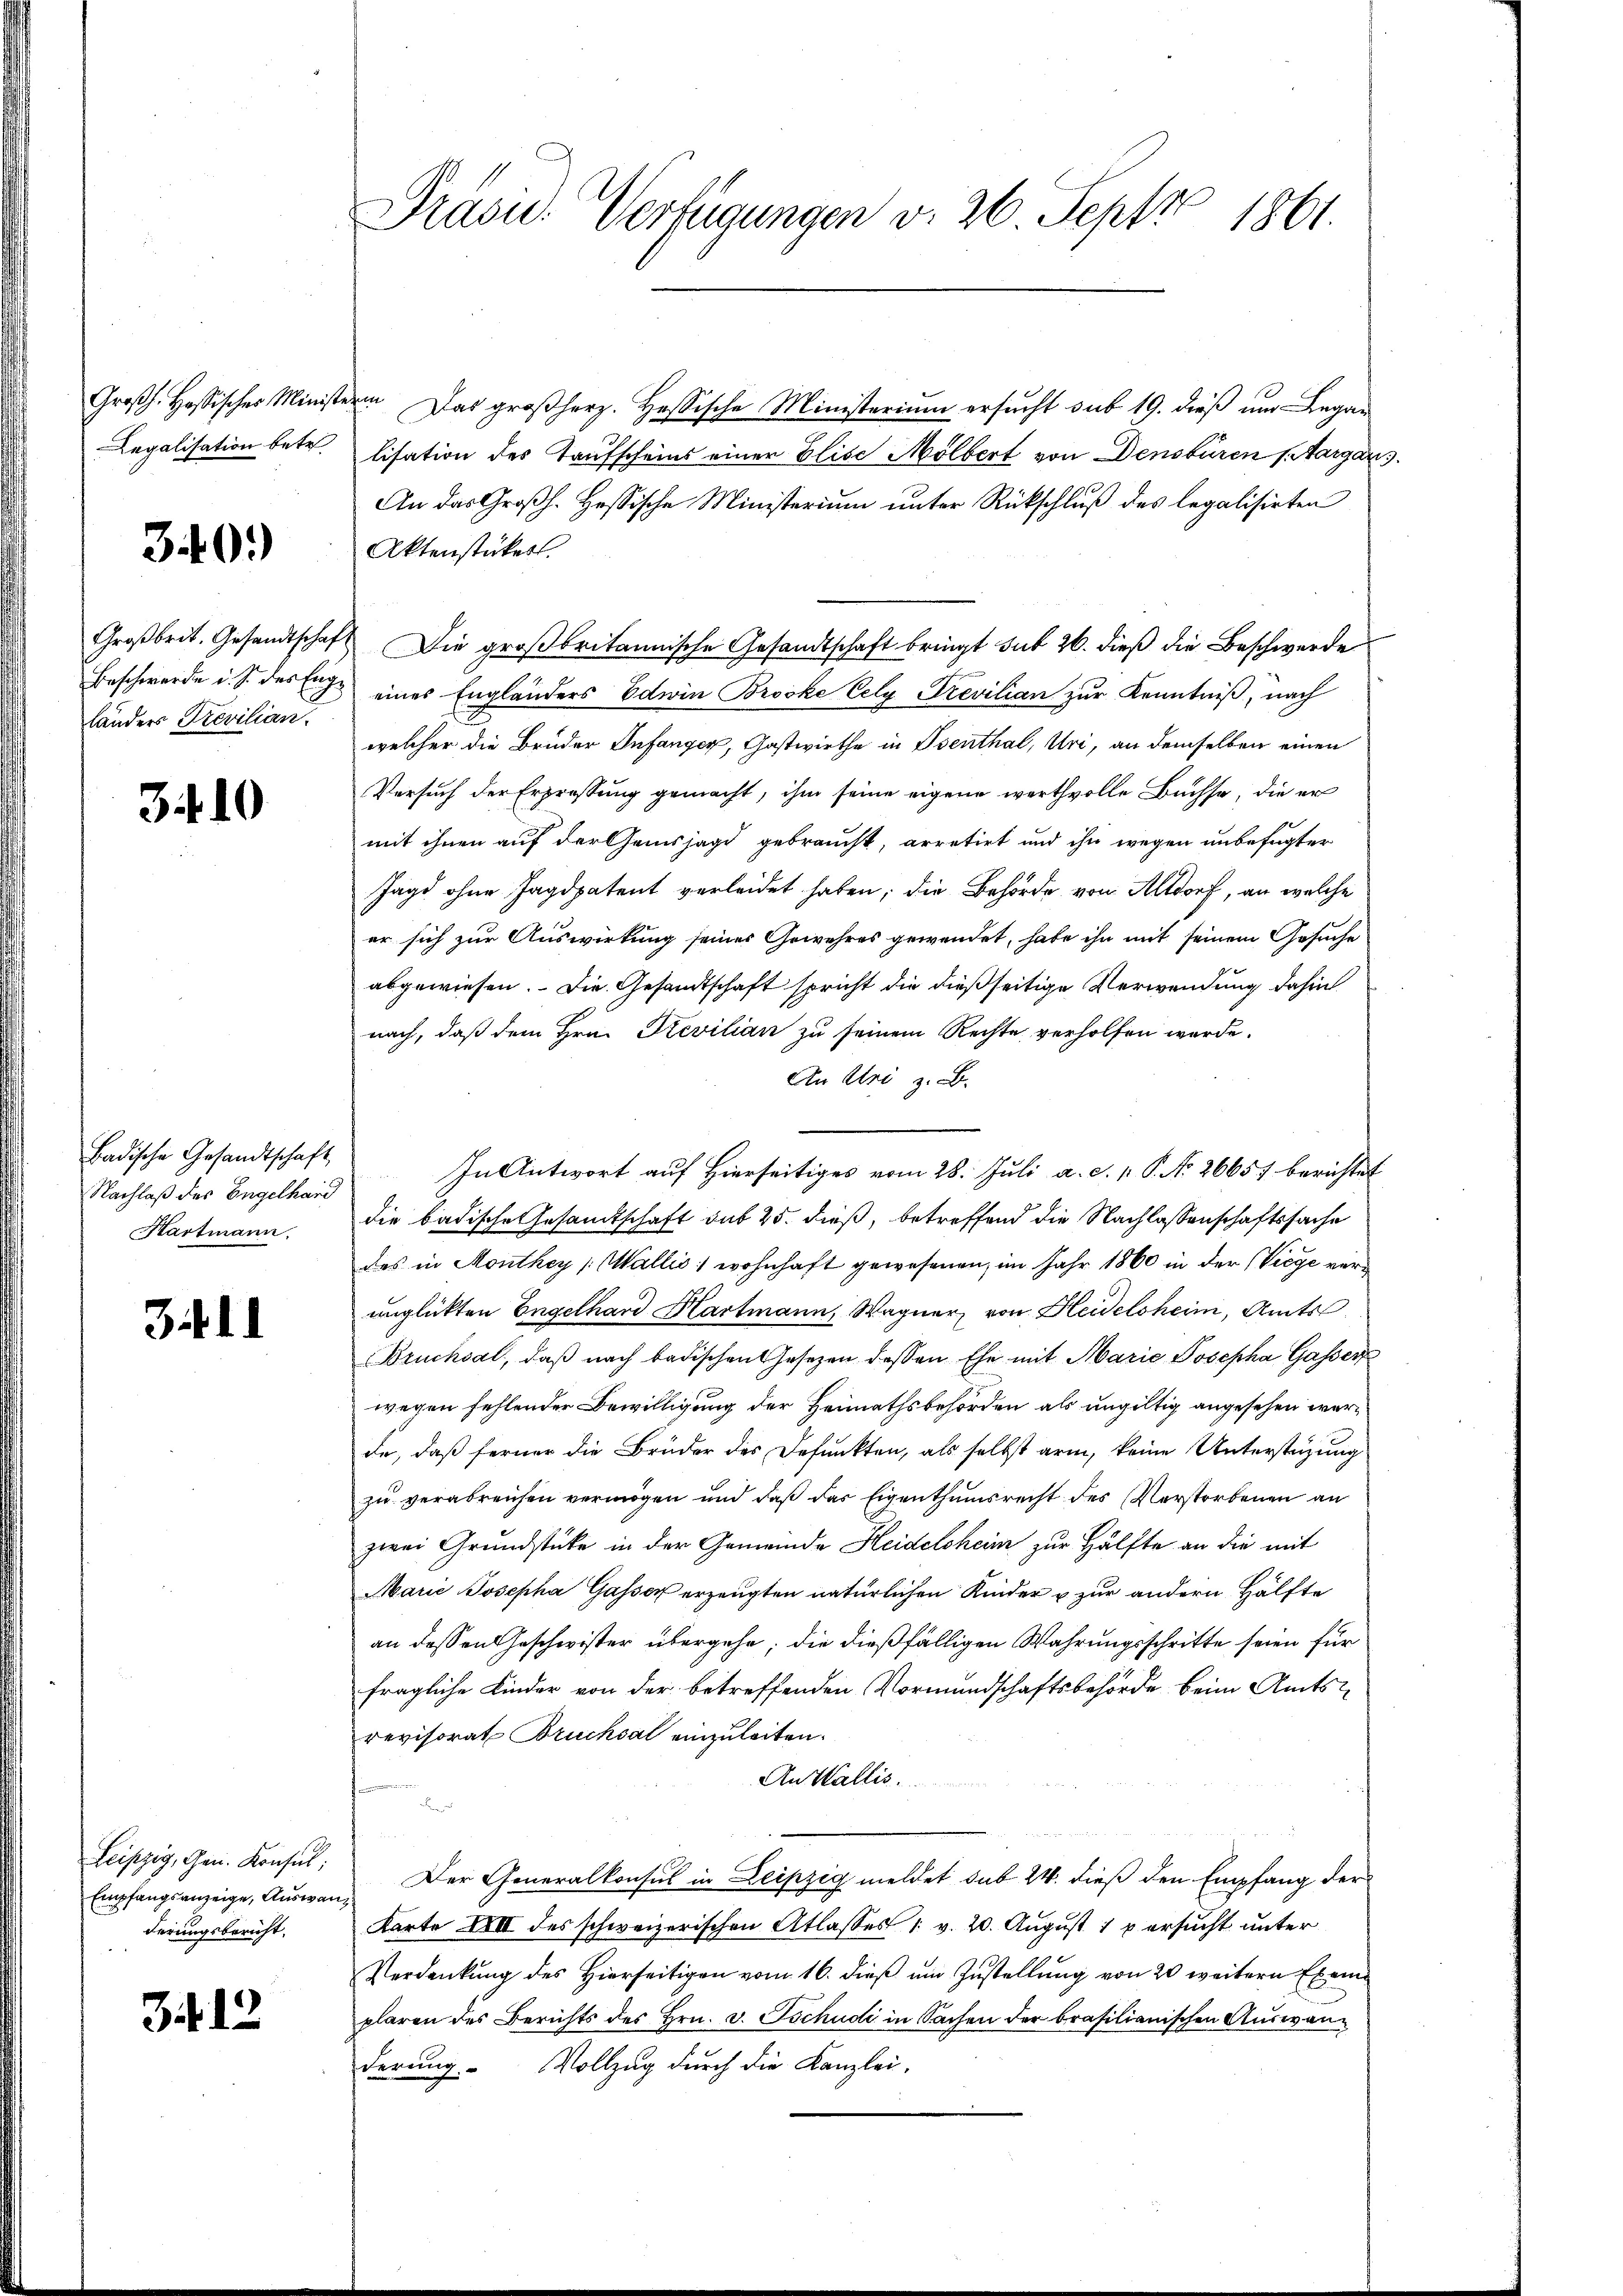
Großh. Hassisches Minist.
Legalisation betr

30.)

Großbrit. Gesandtschaf
Beschwerde d. S. des Eng
länders Trevilian.

3410

Badische Gesandtschaft
Nachlaß des Engelhard
Hartmann.

34 1.

Leipzig, Gen. Konsul,
Empfangsanzeige, Auswanderungsbericht.

3.12.

Präsid. Verfügungen v. 26 Sept 1861.

en
Das großherz. Hessische Ministerium ersucht sub 19. dieß um Legalisation des Taufscheins einer Elise Mölbert von Densburen Margar
An das Großh. Hessische Ministerium unter Rückschluß des legalisirten
Aktenstücker.
Die großbritannische Gesandtschaft bringt sub 26. dieß die Beschwerde
eines Engländers Edwin Brocke Eely Trevilian zur Kenntniß, nach
welcher die Brüder Infanger, Gastwirthe in Osenthal, Uri, an demselben einen
Versuch der Erpressung gemacht, ihm seine eigene werthvolle Büchse, die er
mit ihnen auf der Gemsjagd gebraucht, arretirt und ihn wegen unbefugter
Jagd ohne Jagdpatent verleidet haben; die Behörde von Altdorf, an welche
er sich zur Auswirkung seines Gewehres gewendet, habe ihn mit seinem Gesuche
abgewiesen. Die Gesandtschaft spricht die dießseitige Verwendung dahin
nach, daß dem Hrn. Trevilian zu seinem Rechte verholfen werde.
An Uri z. B.
In Antwort auf Hierseitiges vom 28. Juli a. d. v. P. No 26657 berichtet
die badische Gesamtschaft sub 25. dieß, betreffend die Nachlassenschaftssache
des in Monthey (Wallis, wohnhaft gewesenen, im Jahr 1860 in der Viege verunglückten Engelhard Hartmann, Wagner, von Heidelsheim, Amts
Bruchsal, daβ nach badischen Gesetzen dessen Ehe mit Marie Josepha Gasser
wegen fehlender Bewilligung der Heimathsbehörden als ungültig angesehen werde, daß ferner die Brüder des Defunkten, als selbst arm, keine Unterstüzung
zu verabreichen vermögen und daß das Eigenthumsrecht des Verstorbenen an
zwei Grundstücke in der Gemeinde Heidelsheim zur Hälfte an die mit
Marie Josepha Gasser erzeugten natürlichen Kinder u zur andern Hälfte
an dessen Geschwister übergehe; die dießfälligen Wahrungsschritte seien für
fragliche Kinder von der betreffenden Vormundschaftsbehörde beim Amtsrevisorat Brucksal einzuleiten.
An Wallis.
n

Der Generalkonsul in Leipzig meldet sub 24. dieß den Empfang der
Karte 18III des schweizerischen Atlasses 1 v. 20. August 1 p ersucht unter
Verdankung des Hierseitigen vom 16. dieß um Zustellung von 20 weitern Exemplaren des Berichts des Hrn. v. Tschudi in Sachen der brasilianischen Auswanderung Vollzug durch die Kanzlei-